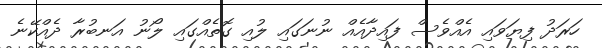
ހަރަދު ފިޔަވައި އެއްވެސް ފައިދާއެއް ނުނަގައި ލުއި ގޮތެއްގައި ލޯނު އަނބުރާ ދެއްކޭނެ